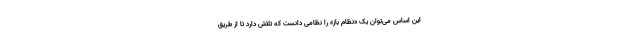
این اساس می‌توان یک «نظام باز» را نظامی دانست که تلاش دارد تا از طریق